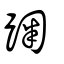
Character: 踘